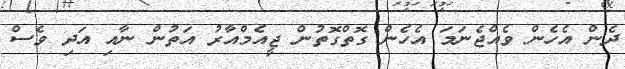
ދެން އެހެން ވެއްޖެނަމަ އެހެން ގޮތްގޮތުން ޖީއެމްއާރު އަތުން ނާއި އަދި ވެސް